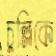
চুল্লিকে